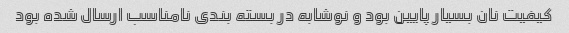
کیفیت نان بسیار پایین بود و نوشابه در بسته بندی نامناسب ارسال شده بود